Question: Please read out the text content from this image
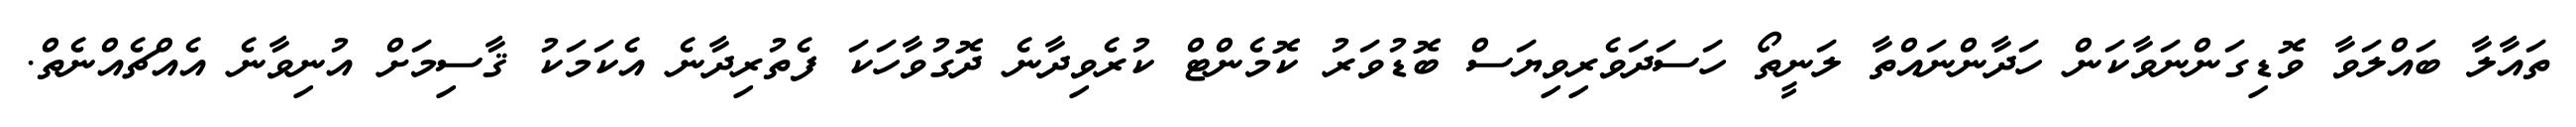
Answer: ތައާލާ ބައްލަވާ ވޮޑިގަންނަވާކަން ހަދާންނައްތާ ލަނީތޯ ހަސަދަވެރިވިޔަސް ބޮޑުވަރު ކޮމެންޓް ކުރެވިދާނެ ދޮގުވާހަކަ ފެތުރިދާނެ އެކަމަކު ޤާސިމަށް އުނިވާނެ އެއްޗެއްނެތް.